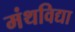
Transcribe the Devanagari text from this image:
मंथविद्या